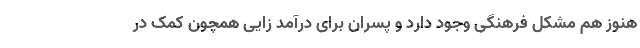
هنوز هم مشکل فرهنگی وجود دارد و پسران برای درآمد زایی همچون کمک در